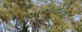
અભાવોના